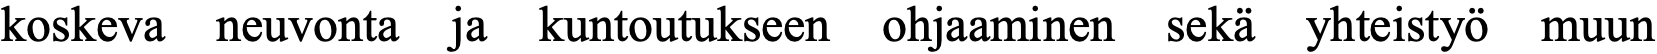
koskeva neuvonta ja kuntoutukseen ohjaaminen sekä yhteistyö muun